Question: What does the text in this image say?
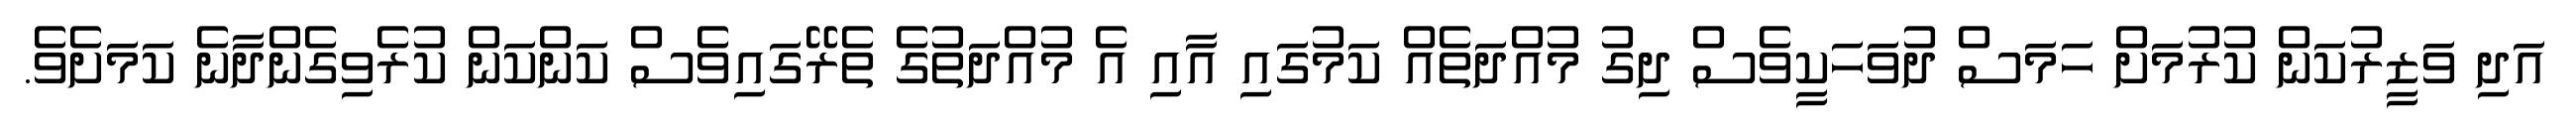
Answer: އަދި ވަޒީރުކަން ކުރުމަށް ހަމަސް ދުވަހަކީވެސް ދިގު މުއްދަތެއް ކަމުގައި އާއި އެ މުއްދަތުގެ ތެރޭގައިވެސް ކަންކަން ކުރެވިގެންދާނެ ކަމަށެވެ.